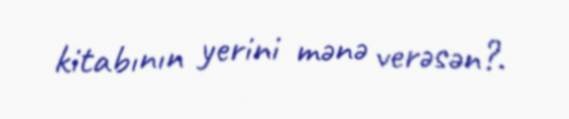
kitabının yerini mənə verəsən?.